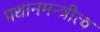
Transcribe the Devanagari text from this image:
प्रधानमन्त्रीत्व